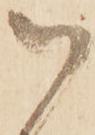
御